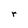
Character: r